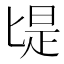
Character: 㔭